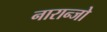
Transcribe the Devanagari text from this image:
नारान्जो